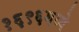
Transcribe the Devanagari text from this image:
१६९६मध्ये